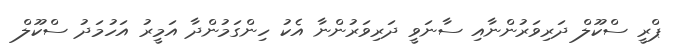
ޕްރީ ސްކޫލް ދަރިވަރުންނާއި ސާނަވީ ދަރިވަރުންނާ އެކު ހިންގަމުންދާ އަމީރު އަހުމަދު ސްކޫލް